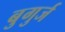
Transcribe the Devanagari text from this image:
बुगुर्ज